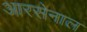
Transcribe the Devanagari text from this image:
आरसेनाल